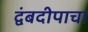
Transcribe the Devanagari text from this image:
द्वंबदीपाचा